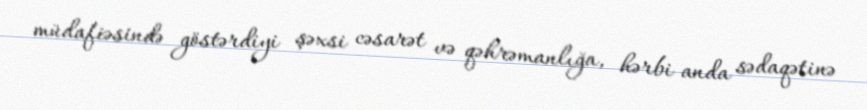
müdafiəsində göstərdiyi şəxsi cəsarət və qəhrəmanlığa, hərbi anda sədaqətinə